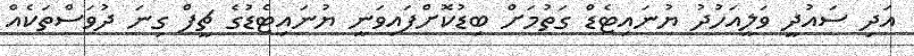
އަދި ސައުދީ ވަލީއަހުދު ޔުނައިޓެޑް ގަތުމަށް ބިޑުކޮށްފައިވަނީ ޔުނައިޓެޑުގެ ޗީފް ގިނަ ދުވަސްތަކެއް